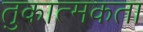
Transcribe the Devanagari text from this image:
तुकात्मकता